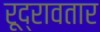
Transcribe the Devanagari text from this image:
रूद्रावतार